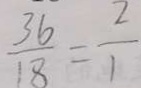
\frac { 3 6 } { 1 8 } = \frac { 2 } { 1 }